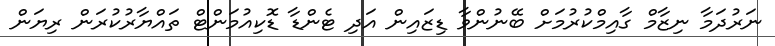
ނަރުދަމާ ނިޒާމް ގާއިމްކުރުމަށް ބޭނުންވާ ޑިޒައިން އަދި ޓެންޑާ ޑޮކިއުމަންޓް ތައްޔާރުކުރަން ރިޔަން